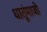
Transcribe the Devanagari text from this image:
धातूंमाजी